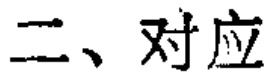
二、对应